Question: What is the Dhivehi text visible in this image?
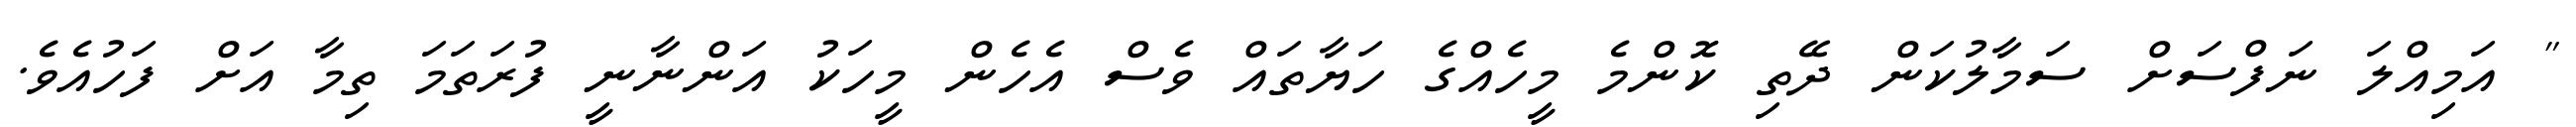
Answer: " އަމިއްލަ ނަފްސަށް ސަމާލުކަން ދޭތި ކޮންމެ މީހެއްގެ ހަޔާތައް ވެސް އެހެން މީހަކު އަންނާނީ ފުރަތަމަ ތިމާ އަށް ފަހުއެވެ.